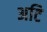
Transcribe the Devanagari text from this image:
अटि